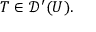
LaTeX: T \in { \mathcal { D } } ^ { \prime } ( U ) .